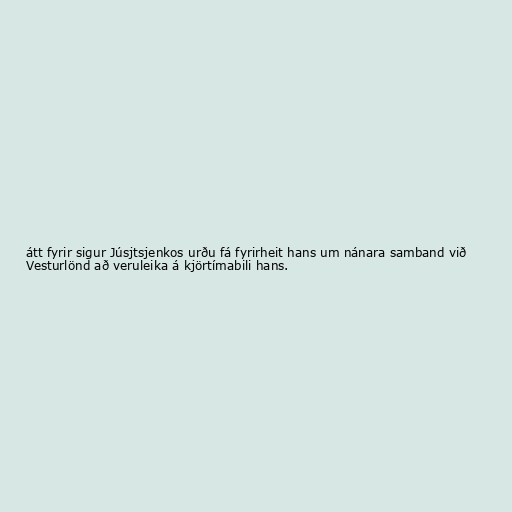
átt fyrir sigur Júsjtsjenkos urðu fá fyrirheit hans um nánara samband við
Vesturlönd að veruleika á kjörtímabili hans.